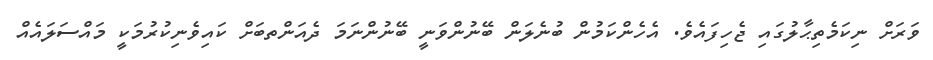
ވަރަށް ނިކަމެތިޙާލުގައި ޖެހިފައެވެ. އެހެންކަމުން ބުނެލަން ބޭނުންވަނީ ބޭނުންނަމަ ދެއަންތބަށް ކައިވެނިކުރުމަކީ މައްސަލައެއް